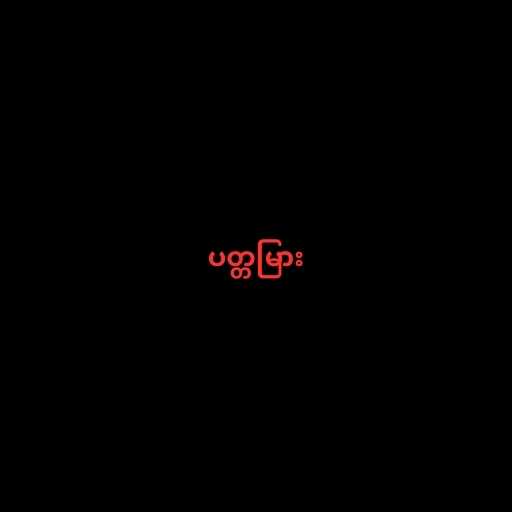
ပတ္တမြား